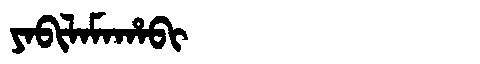
Manchu: ᠶᠠᠪᡳᠯᠠᠮᠠᡥᠠᠪᡳ
Romanization: YABILAMAHABI